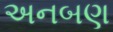
અનબણ